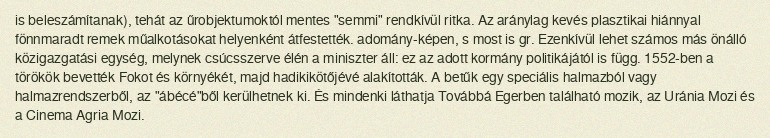
is beleszámítanak), tehát az űrobjektumoktól mentes "semmi" rendkívül ritka. Az aránylag kevés plasztikai hiánnyal fönnmaradt remek műalkotásokat helyenként átfestették. adomány-képen, s most is gr. Ezenkívül lehet számos más önálló közigazgatási egység, melynek csúcsszerve élén a miniszter áll: ez az adott kormány politikájától is függ. 1552-ben a törökök bevették Fokot és környékét, majd hadikikötőjévé alakították. A betűk egy speciális halmazból vagy halmazrendszerből, az "ábécé"ből kerülhetnek ki. És mindenki láthatja Továbbá Egerben található mozik, az Uránia Mozi és a Cinema Agria Mozi.